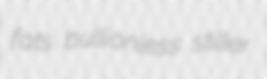
fats bullionless stiller